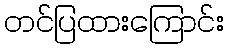
တင်ပြထားကြောင်း